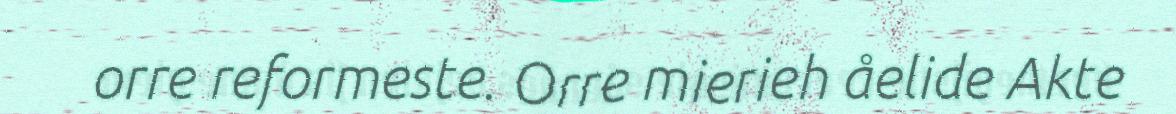
orre reformeste. Orre mierieh åelide Akte